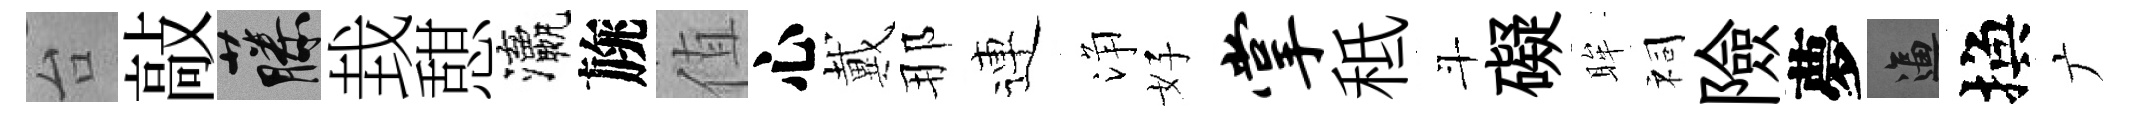
台敲藤㘽憇瀛旐值心戴那連浄好掌秪斗礙眸祠險夢逼換广